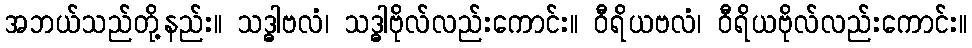
အဘယ်သည်တို့နည်း။ သဒ္ဓါဗလံ၊ သဒ္ဓါဗိုလ်လည်းကောင်း။ ဝီရိယဗလံ၊ ဝီရိယဗိုလ်လည်းကောင်း။